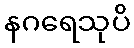
နဂရေသုပိ